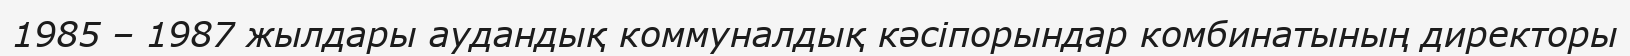
1985 – 1987 жылдары аудандық коммуналдық кәсіпорындар комбинатының директоры